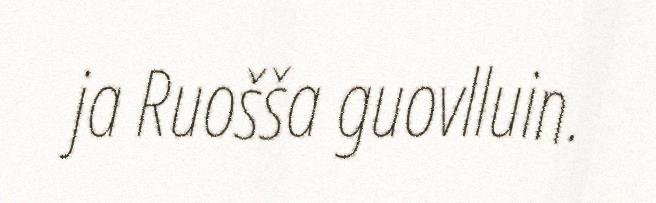
ja Ruošša guovlluin.